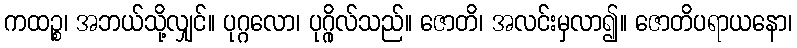
ကထဉ္စ၊ အဘယ်သို့လျှင်။ ပုဂ္ဂလော၊ ပုဂ္ဂိုလ်သည်။ ဇောတိ၊ အလင်းမှလာ၍။ ဇောတိပရာယနော၊